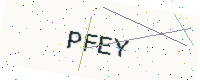
Text: PFEY